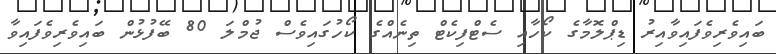
ބައިވެރިވެފައިވާއިރު ޑިޕްލޮމާގެ ކޯހާއި ސެޓްފިކެޓް ތިނެއްގެ ކޯހުގައިވެސް ޖުމްލަ 80 ބޭފުޅުން ބައިވެރިވެފައިވާ